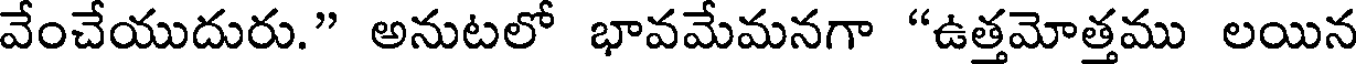
వేంచేయుదురు." అనుటలో భావమేమనగా "ఉత్తమోత్తము లయిన